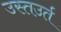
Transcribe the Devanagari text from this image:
उस्तउर्त